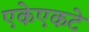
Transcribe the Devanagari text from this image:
एकेएकटे